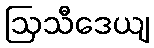
ဩသီဒေယျ